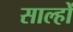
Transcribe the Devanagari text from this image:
साल्हों